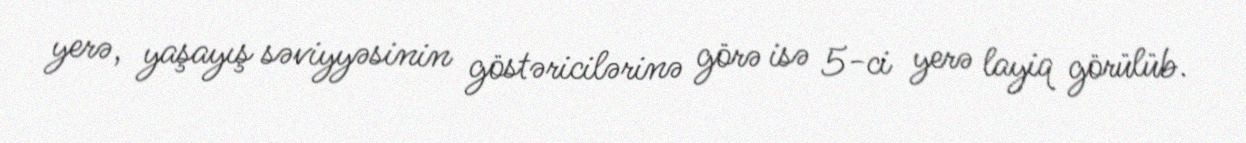
yerə, yaşayış səviyyəsinin göstəricilərinə görə isə 5-ci yerə layiq görülüb.